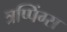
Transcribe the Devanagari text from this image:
त्रप्पिंग्स